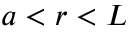
a < r < L